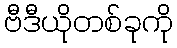
ဗီဒီယိုတစ်ခုကို